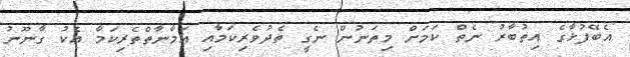
އެބޭފުޅާގެ އިތުބާރު ނެތް ކަމަށް މިތަނުން ނެގީ ތެދުވެރިކަމާއި އަމާނާތްތެރިކަމާ އެކު ގާނޫނު